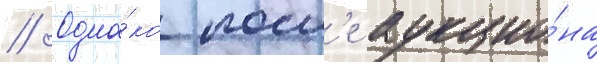
// Одна́ко посл'е аукцио́на